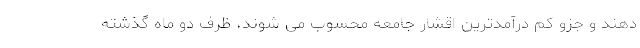
دهند و جزو کم درآمدترین اقشار جامعه محسوب می شوند، ظرف دو ماه گذشته